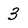
Character: 3